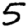
Digit: 5